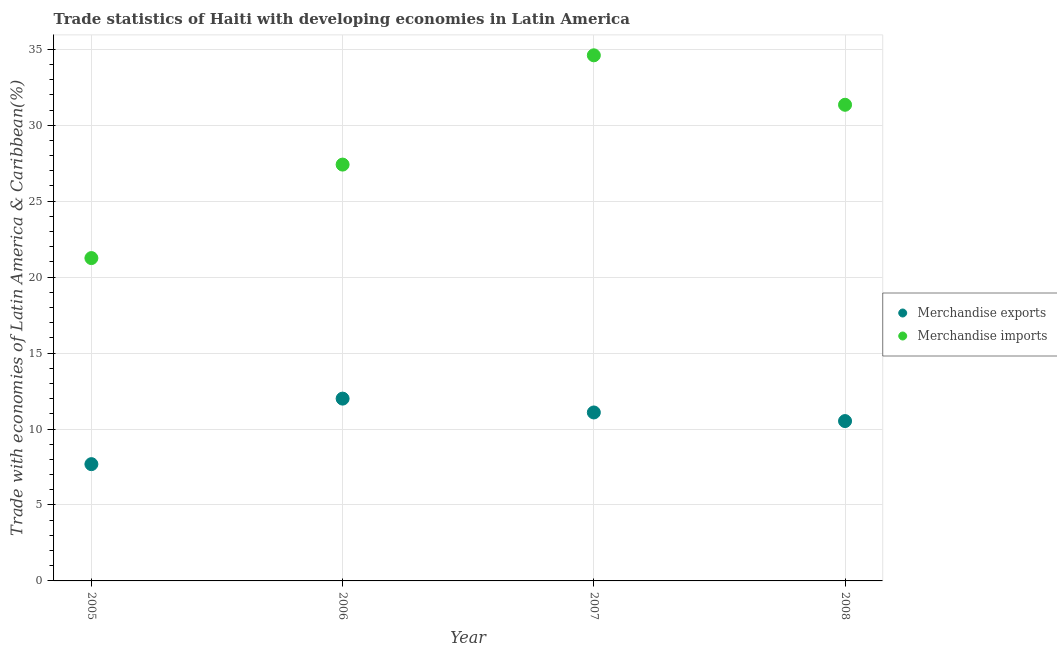
| Year | Merchandise exports | Merchandise imports |
 | --- | --- | --- |
 | 2005 | 7.69 | 21.3 |
 | 2006 | 12 | 27.4 |
 | 2007 | 11.1 | 34.6 |
 | 2008 | 10.5 | 31.3 |